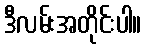
ဒီလမ်းအတိုင်းပါ။